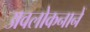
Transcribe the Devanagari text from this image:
अवलोकनानें